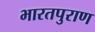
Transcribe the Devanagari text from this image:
भारतपुराण